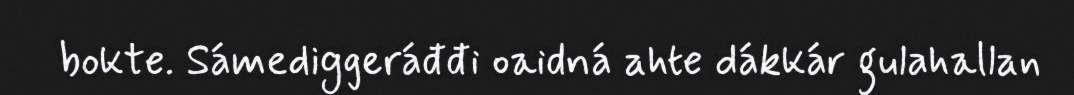
bokte. Sámediggeráđđi oaidná ahte dákkár gulahallan